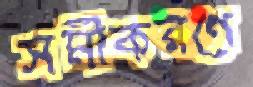
সমীকরণে